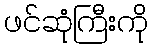
ဖင်ဆုံကြီးကို